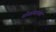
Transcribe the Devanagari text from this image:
योगस्थानक